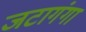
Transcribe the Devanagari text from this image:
जटागंगा